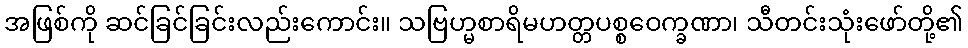
အဖြစ်ကို ဆင်ခြင်ခြင်းလည်းကောင်း။ သဗြဟ္မစာရိမဟတ္တပစ္စဝေက္ခဏာ၊ သီတင်းသုံးဖော်တို့၏